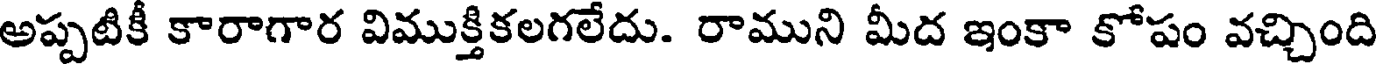
అప్పటికీ కారాగార విముక్తికలగలేదు. రాముని మీద ఇంకా కోపం వచ్చింది